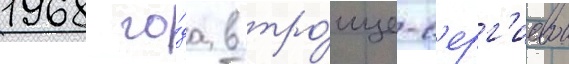
1968 го́да в тро́ице-с'ерг'иевои